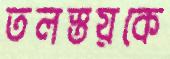
তলস্তয়কে